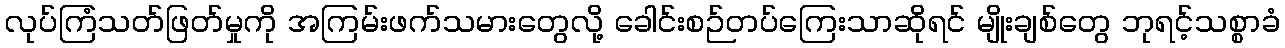
လုပ်ကြံသတ်ဖြတ်မှုကို အကြမ်းဖက်သမားတွေလို့ ခေါင်းစဉ်တပ်ကြေးသာဆိုရင် မျိုးချစ်တွေ ဘုရင့်သစ္စာခံ